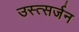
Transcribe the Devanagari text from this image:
उस्त्सर्जन